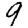
Digit: 9